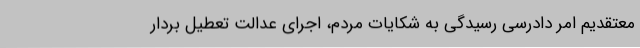
معتقدیم امر دادرسی رسیدگی به شکایات مردم، اجرای عدالت تعطیل بردار